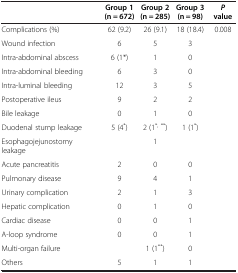
|  | Group 1 (n = 672) | Group 2 (n = 285) | Group 3 (n = 98) | P value |
 | --- | --- | --- | --- | --- |
 | Complications (%) | 62 (9.2) | 26 (9.1) | 18 (18.4) | 0.008 |
 | Wound infection | 6 | 5 | 3 |  |
 | Intra-abdominal abscess | 6 (1*) | 1 | 0 |  |
 | Intra-abdominal bleeding | 6 | 3 | 0 |  |
 | Intra-luminal bleeding | 12 | 3 | 5 |  |
 | Postoperative ileus | 9 | 2 | 2 |  |
 | Bile leakage | 0 | 1 | 0 |  |
 | Duodenal stump leakage | 5 (4*) | 2 (1*, **) | 1 (1*) |  |
 | Esophagojejunostomy leakage |  | 1 |  |  |
 | Acute pancreatitis | 2 | 0 | 0 |  |
 | Pulmonary disease | 9 | 4 | 1 |  |
 | Urinary complication | 2 | 1 | 3 |  |
 | Hepatic complication | 0 | 1 | 0 |  |
 | Cardiac disease | 0 | 0 | 1 |  |
 | A-loop syndrome | 0 | 0 | 1 |  |
 | Multi-organ failure |  | 1 (1**) | 0 |  |
 | Others | 5 | 1 | 1 |  |